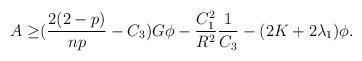
LaTeX: \begin{align*}\begin{aligned}A\geq & (\frac{2(2-p)}{np}-C_{3})G\phi-\frac{C_{1}^{2}}{R^{2}}\frac{1}{C_{3}}-(2K+2\lambda_{1})\phi. \end{aligned}\end{align*}